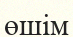
өшім